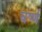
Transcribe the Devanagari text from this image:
घर्ष्ण